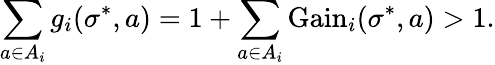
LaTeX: \sum_{a\in A_{i}}g_{i}(\sigma^{*},a)=1+\sum_{a\in A_{i}}{\mathrm{Gain}}_{i}(\sigma^{*},a)>1.